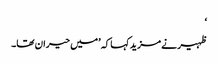
‘
ظہیر نے مزید کہا کہ ’میں حیران تھا۔